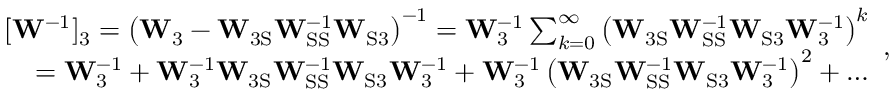
\begin{array} { r } { [ \mathbf { W } ^ { - 1 } ] _ { 3 } = \left( \mathbf { W } _ { 3 } - \mathbf { W } _ { \mathrm { 3 S } } \mathbf { W } _ { \mathrm { S S } } ^ { - 1 } \mathbf { W } _ { \mathrm { S 3 } } \right) ^ { - 1 } = \mathbf { W } _ { 3 } ^ { - 1 } \sum _ { k = 0 } ^ { \infty } \left( \mathbf { W } _ { \mathrm { 3 S } } \mathbf { W } _ { \mathrm { S S } } ^ { - 1 } \mathbf { W } _ { \mathrm { S 3 } } \mathbf { W } _ { 3 } ^ { - 1 } \right) ^ { k } } \\ { = \mathbf { W } _ { 3 } ^ { - 1 } + \mathbf { W } _ { 3 } ^ { - 1 } \mathbf { W } _ { \mathrm { 3 S } } \mathbf { W } _ { \mathrm { S S } } ^ { - 1 } \mathbf { W } _ { \mathrm { S 3 } } \mathbf { W } _ { 3 } ^ { - 1 } + \mathbf { W } _ { 3 } ^ { - 1 } \left( \mathbf { W } _ { \mathrm { 3 S } } \mathbf { W } _ { \mathrm { S S } } ^ { - 1 } \mathbf { W } _ { \mathrm { S 3 } } \mathbf { W } _ { 3 } ^ { - 1 } \right) ^ { 2 } + \dots } \end{array} ,